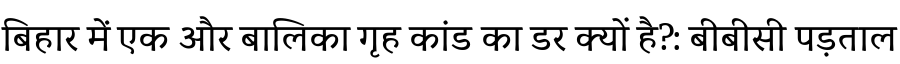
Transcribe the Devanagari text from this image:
बिहार में एक और बालिका गृह कांड का डर क्यों है?: बीबीसी पड़ताल